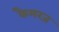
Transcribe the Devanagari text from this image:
कैमरज